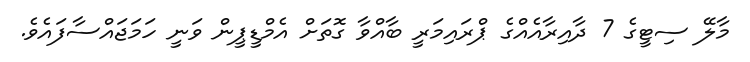
މާލޭ ސިޓީގެ 7 ދާއިރާއެއްގެ ޕްރައިމަރީ ބާއްވާ ގޮތަށް އެމްޑީޕީން ވަނީ ހަމަޖައްސާފައެވެ.